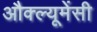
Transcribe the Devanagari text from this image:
औक्ल्यूमेंसी